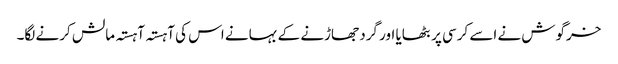
خرگوش نے اسے کرسی پر بٹھایا اور گرد جھاڑنے کے بہانے اس کی آہستہ آہستہ مالش کرنے لگا۔